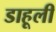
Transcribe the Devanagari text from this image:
डाहूली